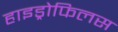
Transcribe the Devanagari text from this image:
हाइड्रोफिलस